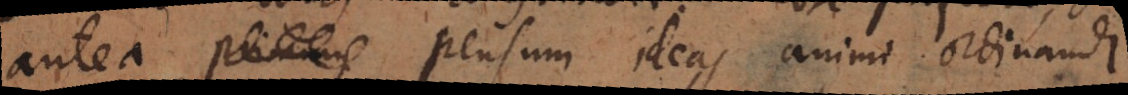
antea _ pensum ideas animi ordinandi